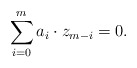
\begin{align*} \sum_{i=0}^{m} a_{i} \cdot z_{m-i} = 0. \end{align*}